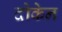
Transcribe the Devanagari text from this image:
दोकेन